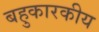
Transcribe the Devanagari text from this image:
बहुकारकीय